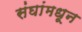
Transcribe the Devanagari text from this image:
संघांमधून